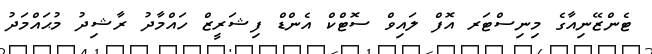
ޓެންޒޭނިއާގެ މިނިސްޓަރ އޮފް ލައިވް ސޮޓްކް އެންޑް ފިޝަރީޒް ހައްމާދު ރާޝިދު މުޙައްމަދު